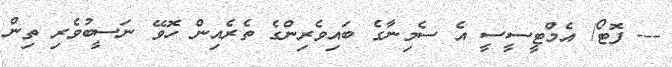
--- ފޮޓޯ/ އެމްޓީސީސީ އެ ސެމިނާގެ ބައިވެރިންގެ ތެރެއިން ހޮވޭ ނަސީބުވެރި ތިން